Insane asylums in Bengal annual reports 1876-1887 - 1876-1887
Year: 1876
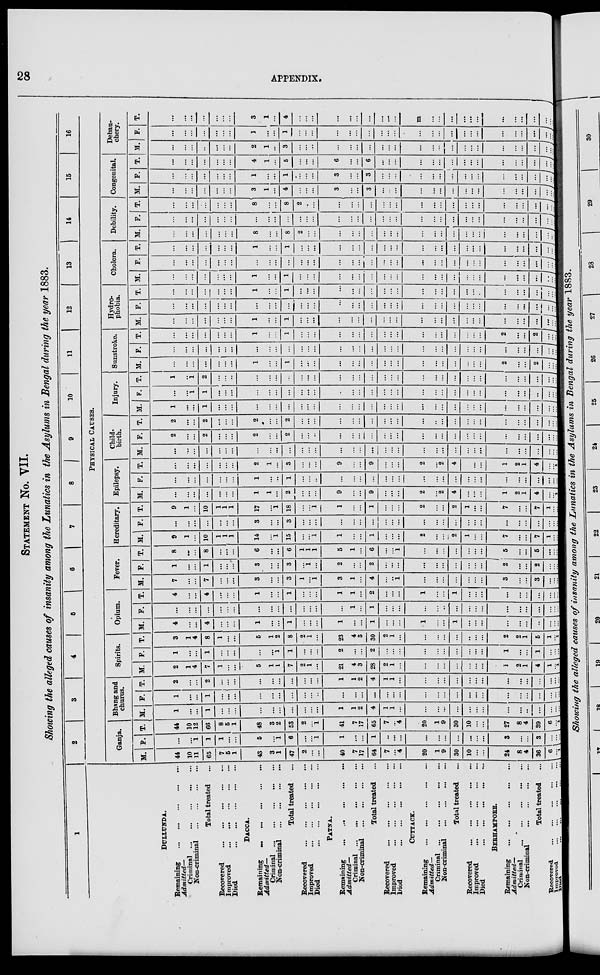
28
APPENDIX.
STATEMENT NO. VII.
Showing the alleged causes of insanity among the Lunatics in the Asylums in Bengal during the year 1883.
1
DULLUNDA.
Remaining ... ... ... ... ...
Admitted—
Criminal
...
...
...
...
...
Non-criminal
...
...
...
...
Total treated ...
Recovered
...
...
...
...
...
Improved
...
...
...
...
...
Died
...
...
...
...
...
Dacca.
Remaining
...
...
...
...
...
Admitted—
Criminal
...
...
...
...
...
Non-criminal
...
...
...
...
Total treated ...
Recovered
...
...
...
...
...
Improved
...
...
...
...
...
Died
...
...
...
...
...
...
PATNA.
Remaining
...
...
...
...
Admitted—
Criminal
...
...
...
...
...
Non-criminal ... ... ... ... ...
Total treated ...
Recovered
...
...
...
...
...
Improved
...
...
...
...
...
Died
...
...
...
...
...
CUTTACK.
Remaining
...
...
...
...
...
Admitted—
Criminal
...
...
...
...
...
Non-criminal
...
...
...
...
Total treated ...
Recovered
...
...
...
...
...
Improved
...
...
...
...
...
Died
...
...
...
...
...
BERHAMPORE.
Remaining ... ... ... ... ...
Admitted—
Criminal
...
...
...
...
...
Non-criminal
...
...
...
...
Total treated ...
Recovered ... ... ... ... ...
Improved
...
...
...
...
...
Died ... ... ... ... ...
2
3
4
5
6
7
8
9
10
11
12
13
14
15
16
PHYSICAL CAUSES.
Ganja.
M.
44
10
11
65
7
5
1
43
3
1
47
2
...
...
40
7
17
64
7
...
4
20
1
9
30
10
...
...
24
8
4
36
6
...
1
F.
...
...
1
1
1
...
...
5
...
1
6
...
...
1
1
...
...
1
...
...
...
...
...
...
...
...
...
...
3
...
...
3
...
...
...
T.
44
10
12
66
8
5
1
48
3
2
53
2
...
1
41
7
17
65
7
...
4
20
1
9
30
10
...
...
27
8
4
39
6
... 1
Bhang and
churus.
M.
1
...
...
1
...
...
...
...
...
...
...
...
...
...
1
1
2
4
1
1
...
...
...
...
...
...
...
...
...
...
...
...
...
... ...
F.
1
...
...
1
...
...
...
...
...
...
...
...
...
...
...
...
...
...
...
...
...
...
...
...
...
...
...
...
...
...
...
...
...
...
...
T.
2
...
...
2
...
...
...
...
...
...
...
...
...
...
1
1
2
4
1
1
...
...
...
...
...
...
...
...
...
...
...
...
...
...
...
Spirits.
M.
2
1
4
7
1
...
...
5
1
1
7
2
1
...
21
4
3
28
2
1
...
...
...
...
...
...
...
...
1
2
1
4
1
... 1
F.
1
...
...
1
...
...
...
...
...
1
1
...
...
...
2
...
...
2
...
...
...
...
...
...
...
...
...
...
1
...
...
1
...
...
...
T.
3
1
4
8
1
...
...
5
1
2
8
2
1
...
23
4
3
30
2
1
...
...
...
...
...
...
...
...
2
2
1
5
1
... 1
Opium.
M.
4
...
...
4
...
...
...
1
...
...
1
...
...
...
1
...
...
1
...
...
...
1
...
...
1
...
...
...
...
...
...
...
...
...
...
F.
...
...
...
...
...
...
...
...
...
...
...
...
...
...
...
1
...
1
...
...
...
...
...
...
...
...
...
...
...
...
...
...
...
...
...
T.
4
...
...
4
...
...
...
1
...
...
1
...
...
...
1
1
...
2
...
...
...
1
...
...
1
...
...
...
...
...
...
...
...
...
...
Fever.
M.
7
...
...
7
...
...
...
3
...
...
3
1
...
1
3
1
...
4
...
...
1
...
...
...
...
...
...
...
3
...
...
3
...
...
...
F.
1
...
...
1
...
...
...
3
...
...
3
...
1
...
2
...
2
...
...
...
...
...
...
...
...
...
...
2
...
...
2
...
...
...
T.
8
...
...
8
...
...
...
6
...
...
6
1
1
1
5
1
...
6
...
...
1
...
...
...
...
...
...
...
5
...
...
5
...
...
...
Hereditary.
M.
9
1
...
10
1
1
1
14
...
1
15
...
...
1
1
...
1
...
...
...
2
...
...
2
1
...
...
7
...
...
7
1
... ...
F.
...
...
...
...
...
...
...
3
...
...
3
...
...
...
...
...
...
...
...
...
...
...
...
...
...
...
...
...
...
...
...
...
...
...
T.
9
1
...
10
1
1
1
17
...
1
18
...
...
1
1
...
1
...
...
...
2
...
...
2
1
...
...
7
...
...
7
1
...
...
Epilepsy.
M.
...
...
...
...
...
...
...
1
1
...
2
...
...
...
9
...
9
...
...
...
2
...
2
4
...
...
...
1
2
1
4
...
... 1
F.
...
...
...
...
...
...
...
1
...
...
1
...
...
..
...
...
...
...
...
...
...
...
...
...
...
...
...
...
...
...
...
...
...
...
T.
...
...
...
...
...
...
...
2
1
...
3
...
...
...
9
...
9
...
...
...
2
...
2
4
...
...
...
1
2
1
4
...
...
1
Child-
birth.
M.
...
...
...
...
...
...
...
...
...
...
...
...
...
...
...
...
...
...
...
...
...
...
...
...
...
...
...
...
...
...
...
...
...
...
F.
2
...
...
2
...
...
...
2
...
...
2
...
...
..
...
...
...
...
...
...
...
...
...
...
...
...
...
...
...
...
...
...
...
...
T.
2
...
...
2
...
...
...
2
...
...
2
...
...
...
...
...
...
...
...
...
...
...
...
...
...
...
...
...
...
...
...
...
...
...
Injury.
M.
1
...
...
1
...
...
...
...
...
...
...
...
...
...
...
...
...
...
...
...
...
...
...
...
...
...
...
...
...
...
...
...
...
...
F.
...
...
1
1
...
...
...
...
...
...
...
...
...
...
...
...
...
...
...
...
...
...
...
...
...
...
...
...
...
...
...
...
...
...
T.
1
...
1
2
...
...
...
...
...
...
...
...
...
...
...
...
...
...
...
...
...
...
...
...
...
...
...
...
...
...
...
...
...
...
Sunstroke.
M.
...
...
...
...
...
...
...
1
...
...
1
...
...
...
...
...
...
...
...
...
...
...
...
...
...
...
...
2
...
...
2
...
...
...
F.
...
...
...
...
...
...
...
...
...
...
...
...
...
...
...
...
...
...
...
...
...
...
...
...
...
...
...
...
...
...
...
...
...
...
T.
...
...
...
...
...
...
...
1
...
...
1
...
...
...
...
...
...
...
...
...
...
...
...
...
...
...
2
...
...
2
...
...
...
Hydro-
phobia.
M.
...
...
...
...
...
...
...
1
...
...
1
...
...
...
...
...
...
...
...
...
...
...
...
...
...
...
...
...
...
...
...
...
...
...
F.
...
...
...
...
...
...
...
...
...
...
...
...
...
...
...
...
...
...
...
...
...
...
...
...
...
...
...
...
...
...
...
...
...
...
T.
...
...
...
...
...
...
...
1
...
...
1
...
...
...
...
...
...
...
...
...
...
...
...
...
...
...
...
...
...
...
...
...
...
...
Cholera.
M.
...
...
...
...
...
...
...
1
...
...
1
...
...
...
...
...
...
...
...
...
...
...
...
...
...
...
...
...
...
...
...
... ...
...
F.
...
...
...
...
...
...
...
...
...
...
...
...
...
...
...
...
...
...
...
...
...
...
...
...
...
...
...
...
...
...
...
...
...
...
T.
...
...
...
...
...
...
...
1
...
...
1
...
...
...
...
...
...
...
...
...
...
...
...
...
...
...
...
...
...
...
...
...
...
...
Debility.
M.
...
...
...
...
...
...
...
8
...
...
8
2
...
...
...
...
...
...
...
...
...
...
...
...
...
...
...
...
...
...
...
...
...
...
F.
...
...
...
...
...
...
...
...
...
...
...
...
...
...
...
...
...
...
...
...
...
...
...
...
...
...
...
...
...
...
...
...
...
...
T.
...
...
...
...
...
...
...
8
...
...
8
2
...
...
...
...
...
...
...
...
...
...
...
...
...
...
...
...
...
...
...
...
...
...
Congenital.
M.
...
...
...
...
...
...
...
3
1
...
4
...
...
...
3
...
3
...
...
...
...
...
...
...
...
...
...
...
...
...
...
...
...
...
F.
...
...
...
...
...
...
...
1
...
...
1
...
...
...
3
...
3
...
...
...
...
...
...
...
...
...
...
...
...
...
...
...
...
...
T.
...
...
...
...
...
...
...
4
1
...
5
...
...
...
6
...
6
...
...
...
...
...
...
...
...
...
...
...
...
...
...
...
...
...
Debau-
chery.
M.
...
...
...
...
...
...
...
2
1
...
3
...
...
...
...
...
...
...
...
...
...
...
...
...
...
...
...
...
...
...
...
...
...
...
F.
...
...
...
...
...
...
...
1
...
1
...
...
...
...
...
...
...
...
...
...
...
...
...
...
...
...
...
...
...
...
...
...
...
T.
...
...
...
...
...
...
...
3
1
...
4
...
...
...
...
...
...
...
...
...
m
...
...
...
...
...
...
...
...
...
...
...
...
...